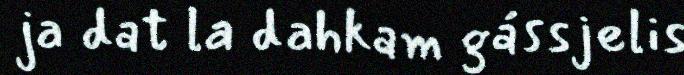
ja dat la dahkam gássjelis